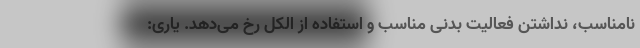
نامناسب، نداشتن فعالیت بدنی مناسب و استفاده از الکل رخ می‌دهد. یاری: